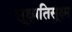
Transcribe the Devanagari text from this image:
सूक्षातिसूक्ष्म